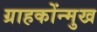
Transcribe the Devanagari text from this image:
ग्राहकोंन्‍मुख